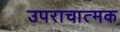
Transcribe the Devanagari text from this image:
उपराचात्मक